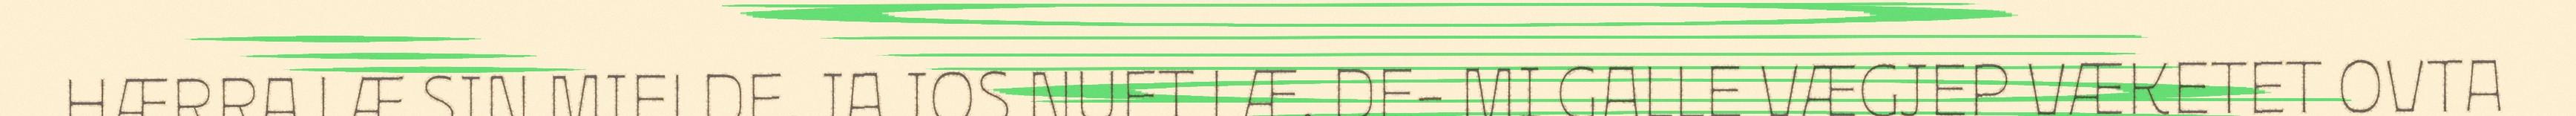
HÆRRA LÆ SIN MIELDE. JA JOS NUFT LÆ, DE- MI GALLE VÆGJEP VÆKETET OVTA